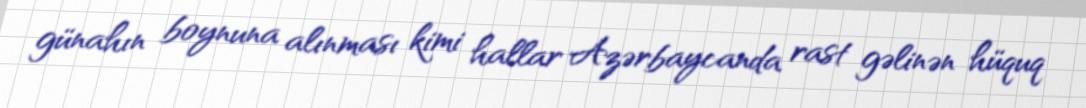
günahın boynuna alınması kimi hallar Azərbaycanda rast gəlinən hüquq